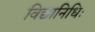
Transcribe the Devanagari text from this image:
विद्यानिधिः